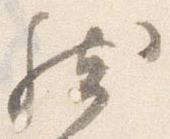
然